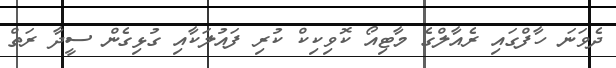
ދެވަނަ ހާފްގައި ރެއާލްގެ މާޓިއޯ ކޮވިކިކް ކުރި ފައުލަކާއި ގުޅިގެން ސީދާ ރަތް